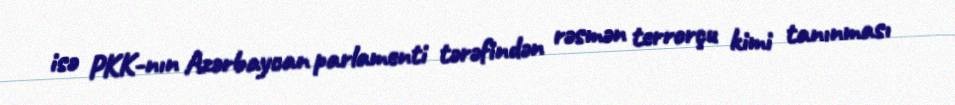
isə PKK-nın Azərbaycan parlamenti tərəfindən rəsmən terrorçu kimi tanınması